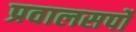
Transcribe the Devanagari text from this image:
प्रवालसर्पों